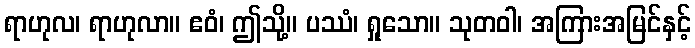
ရာဟုလ၊ ရာဟုလာ။ ဧဝံ၊ ဤသို့။ ပဿံ၊ ရှုသော။ သုတဝါ၊ အကြားအမြင်နှင့်